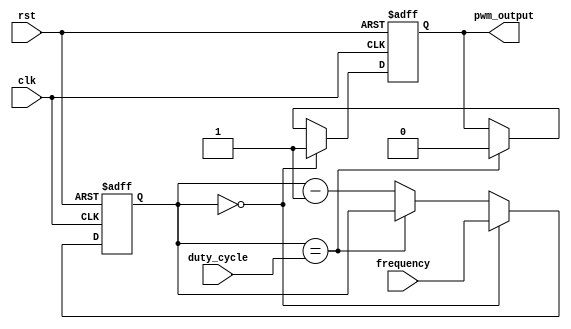
module PWM_Pulse_Generator (
    input wire clk,
    input wire rst,
    input wire [7:0] duty_cycle,
    input wire [15:0] frequency,
    output reg pwm_output
);

reg [15:0] count;

always @ (posedge clk or posedge rst) begin
    if (rst) begin
        count <= 16'h0000;
        pwm_output <= 1'b0;
    end else begin
        if (count == 16'h0000) begin
            count <= frequency;
            pwm_output <= 1'b1;
        end else if (count == duty_cycle) begin
            pwm_output <= 1'b0;
        end else begin
            count <= count - 1;
        end
    end
end

endmodule